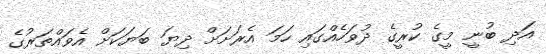
އަދި ބުނީ މީގެ ކުރީގެ ދުވަހެއްގައި ހަމަ އެރަށަށް ދިޔަ ބަޔަކަށް އެވައްތަރުގެ